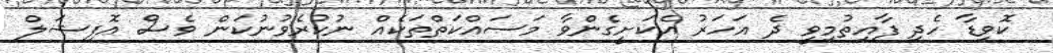
ކޮވިޑާ ހެދި ފާއިތުމިވީ ދެ އަހަރު އެކަށީގެންވާ މަސައްކަތްތަކެއް ނުކުރެވުނުކަން ވެސް އޮފިޝަލް